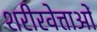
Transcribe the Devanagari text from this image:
शरीरवेत्ताओं